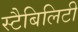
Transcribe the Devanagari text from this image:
स्टैबिलिटी